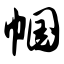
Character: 帼